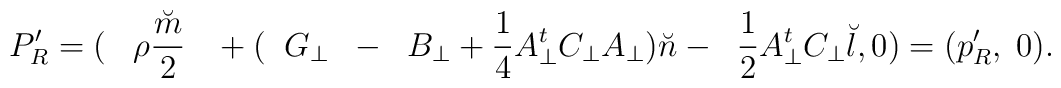
P'_{R} =(\;\;\;{\rho}\frac{\breve m}{2}\;\;\; +(\;\;G_{\bot}\;\;-\;\;B_{\bot} + \frac{1}{4}A_{\bot}^{t} C_{\bot} A_{\bot}){\breve n} - \;\;\frac{1}{2} A_{\bot}^{t} C_{\bot} {\breve l}, 0 )  =  (p'_{R},\;0 ).